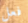
فعل